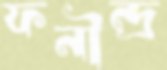
ফনীন্দ্র